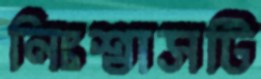
নিঃশ্বাসটি